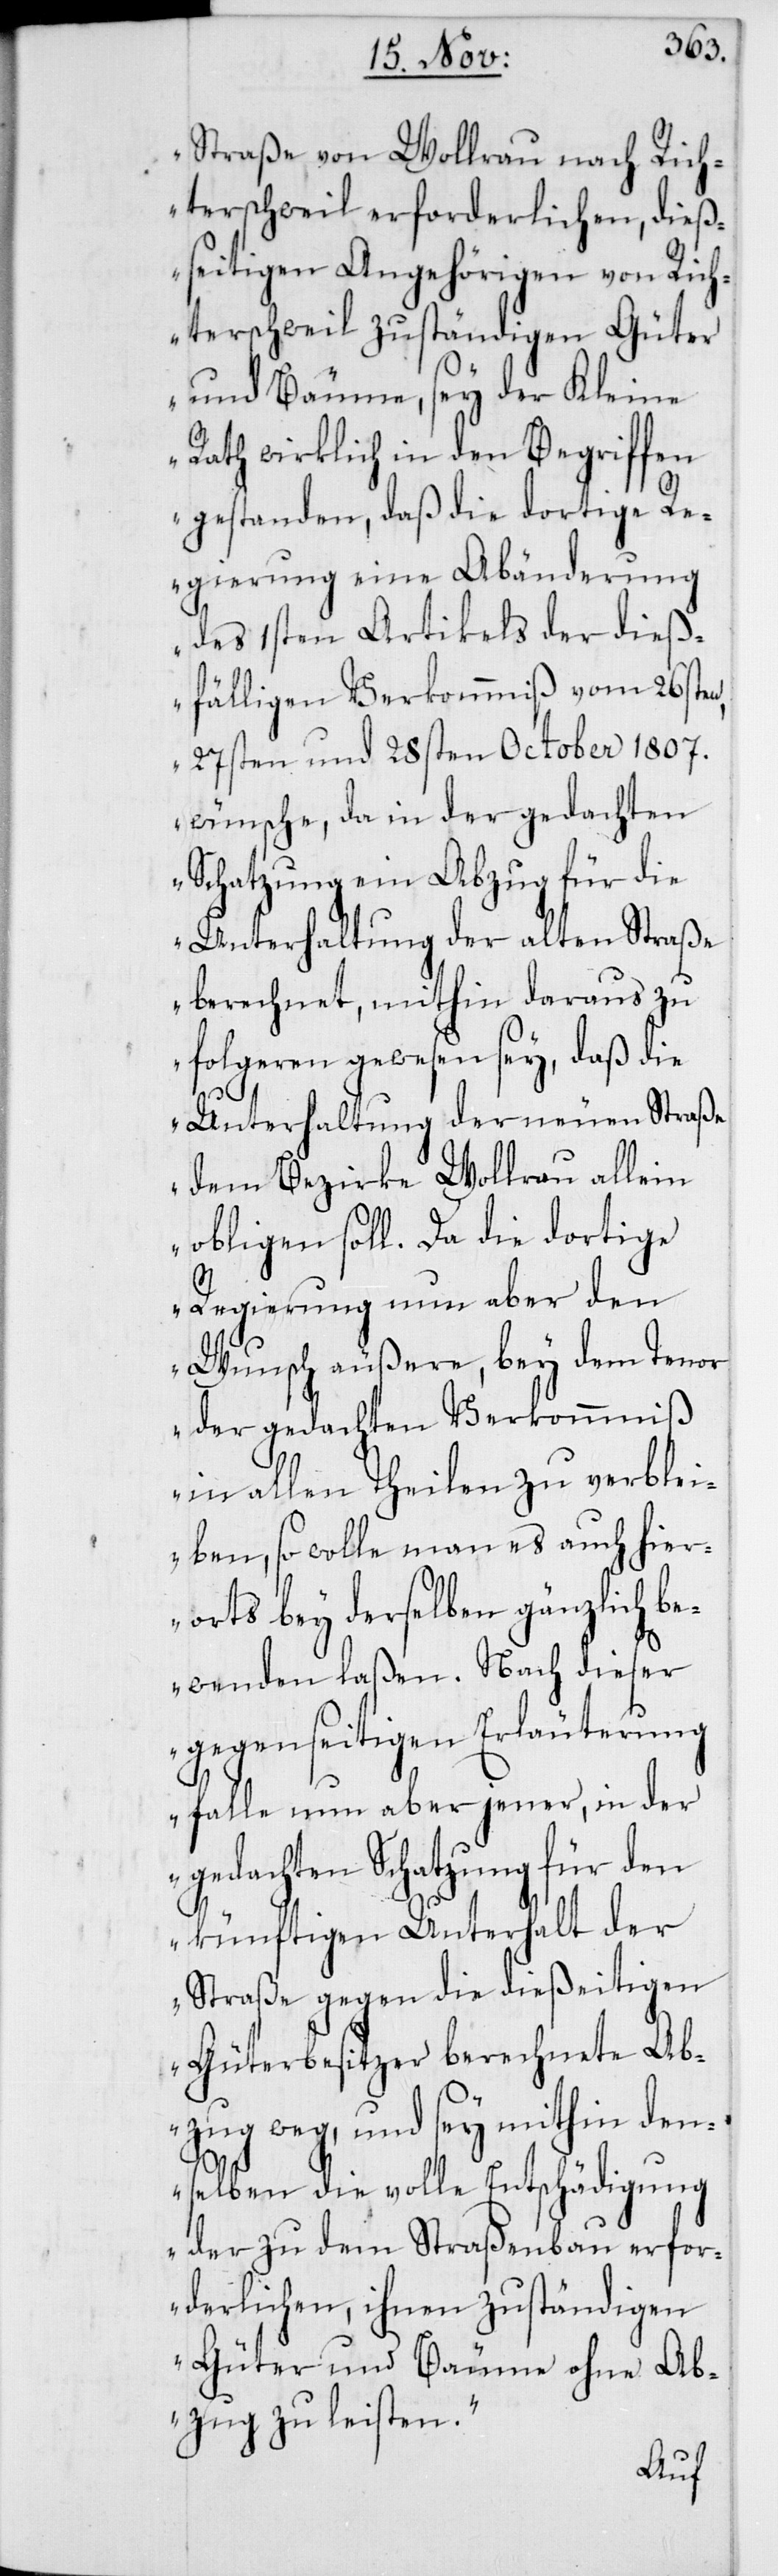
Straße von Wollerau nach Rich¬
terschweil erforderlichen, dieß¬
seitigen Angehörigen von Rich¬
terschweil zuständigen Güter
und Bäume, sey der Kleine
Rath wirklich in den Begriffen
gestanden, daß die dortige Re¬
gierung eine Abänderung
des 1sten Artikels der dieß¬
fälligen Verkommniß vom 26sten,
27sten und 28sten October 1807.
wünsche, da in der gedachten
Schatzung ein Abzug für die
Unterhaltung der alten Straße
berechnet, mithin daraus zu
folgeren gewesen sey, daß die
Unterhaltung der neuen Straße
dem Bezirke Wollerau allein
obligen soll. Da die dortige
Regierung nun aber den
Wunsch äußere, bey dem Tenor
der gedachten Verkommniß
in allen Theilen zu verblei¬
ben, so wolle man es auch hier¬
orts bey derselben gänzlich be¬
wenden laßen. Nach dieser
gegenseitigen Erläuterung
falle nun aber jener, in der
gedachten Schatzung für den
künftigen Unterhalt der
Straße gegen die dießeitigen
Güterbesitzer berechnete Ab¬
zug weg, und sey mithin den¬
selben die volle Entschädigung
der zu dem Straßenbau erfor¬
derlichen, ihnen zuständigen
Güter und Bäume ohne Ab¬
zug zu leisten“.